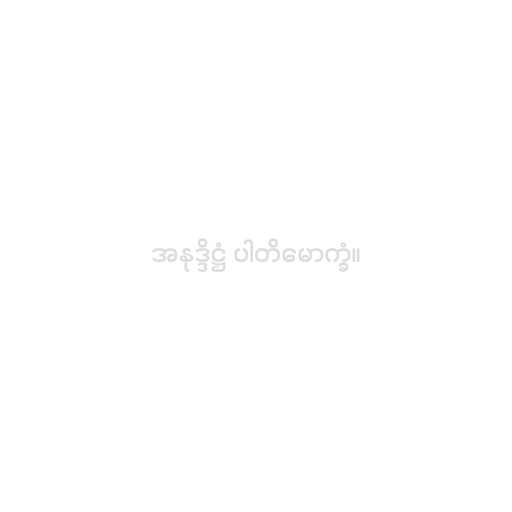
အနုဒ္ဒိဋ္ဌံ ပါတိမောက္ခံ။